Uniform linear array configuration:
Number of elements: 24
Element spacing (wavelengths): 1
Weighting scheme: hann
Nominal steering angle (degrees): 45
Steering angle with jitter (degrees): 43.365
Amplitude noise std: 0.05
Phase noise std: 0.05

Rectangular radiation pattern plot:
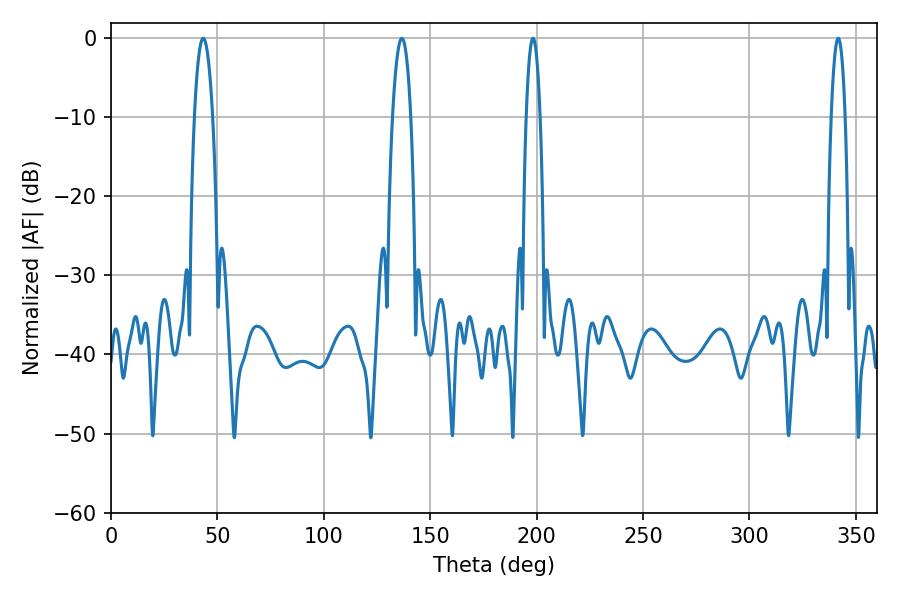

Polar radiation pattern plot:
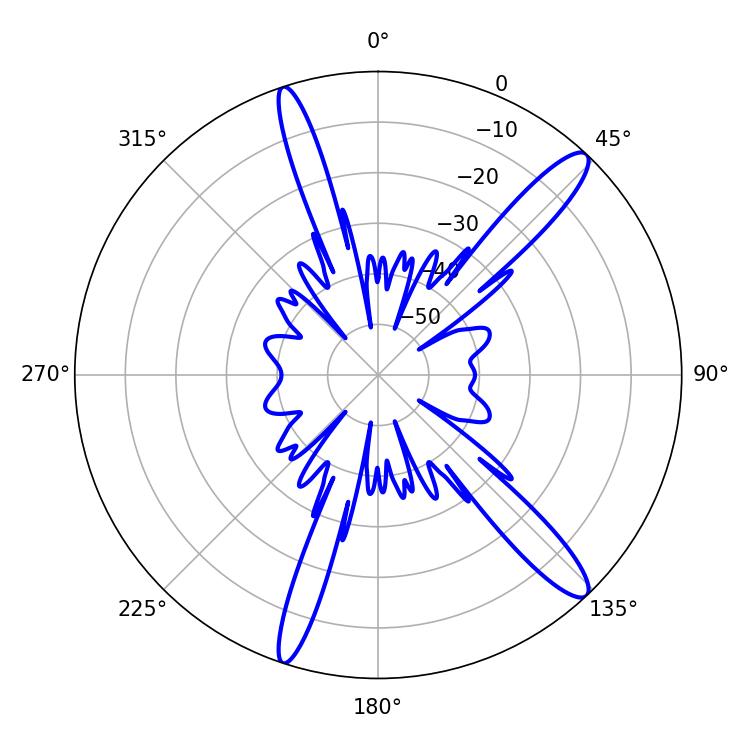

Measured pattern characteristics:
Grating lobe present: TRUE
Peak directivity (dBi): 13.977
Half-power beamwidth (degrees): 4.68
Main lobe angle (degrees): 43.38